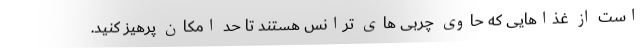
است از غذاهایی که حاوی چربی های ترانس هستند تا حد امکان پرهیز کنید.